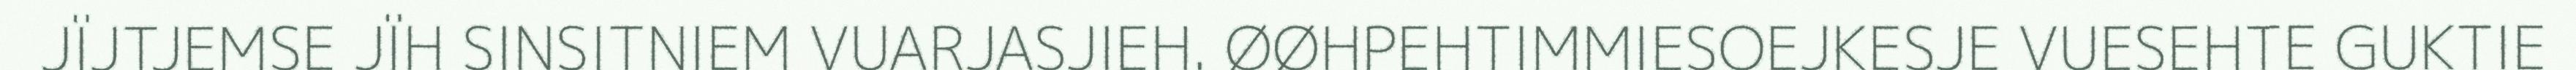
JÏJTJEMSE JÏH SINSITNIEM VUARJASJIEH. ØØHPEHTIMMIESOEJKESJE VUESEHTE GUKTIE